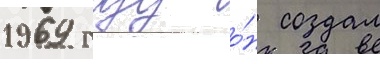
1969 году о́н создал